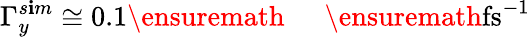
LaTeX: \Gamma_{y}^{s\mathbf{i}m}\cong0.1\ensuremath{{\mathrm{{~\textrm{~}{~\, ~}~}}}}\ensuremath{{\mathrm{{fs}}}}^{-1}